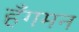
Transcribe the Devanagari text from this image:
हँगमन